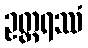
ဥတ္တရဿံ